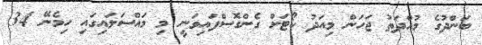
ބަންދުގެ މުއްދަތު ޖަހަން މިއަދު ކޯޓަށް ގެންގޮސްފައިވަނީ މި މައްސަލައިގައި ހިމެނޭ 34